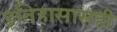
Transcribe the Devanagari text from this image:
इतिहासासही